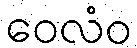
ဝေလံဝ